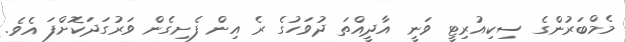
މެމްބަރުންގެ ސިކިއުރިޓީ ވަނީ އާދީއްތަ ދުވަހުގެ ރެ އިން ފެށިގެން ވަރުގަދަކޮށްފަ އެވެ.